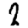
Digit: 2